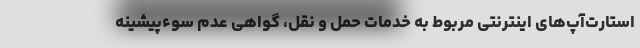
استارت‌آپ‌های اینترنتی مربوط به خدمات حمل و نقل، گواهی عدم سوءپیشینه